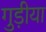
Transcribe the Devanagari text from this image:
गुड़ीया